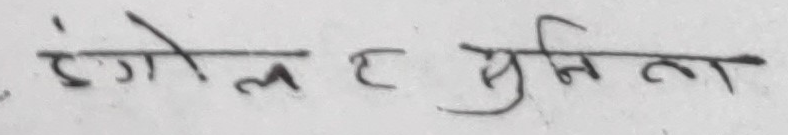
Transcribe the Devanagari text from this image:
इंग्ल ह सुनिता